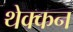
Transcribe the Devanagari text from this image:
थेक्कन